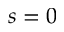
s = 0